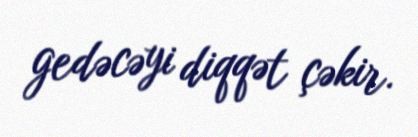
gedəcəyi diqqət çəkir.